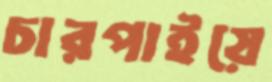
চারপাইয়ে